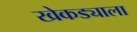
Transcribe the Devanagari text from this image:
खेकड्याला